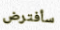
سأفترض